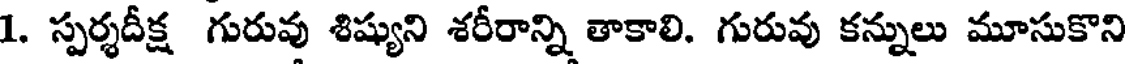
1. స్పర్శదీక్ష గురువు శిష్యుని శరీరాన్ని తాకాలి. గురువు కన్నులు మూసుకొని